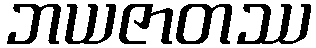
ဘယဇာတဿ